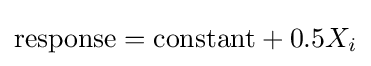
{\textrm {response}}={\textrm {constant}}+0.5X_{i}